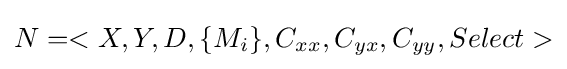
N=<X,Y,D,\{M_{i}\},C_{xx},C_{yx},C_{yy},Select>